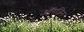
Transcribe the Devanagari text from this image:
आॅरजिन